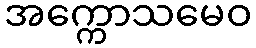
အက္ကောသမေဝ